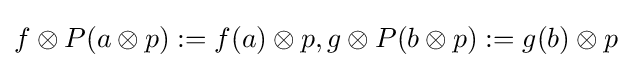
f\otimes P(a\otimes p):=f(a)\otimes p,g\otimes P(b\otimes p):=g(b)\otimes p